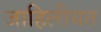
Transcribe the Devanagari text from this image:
जाहिलीयत